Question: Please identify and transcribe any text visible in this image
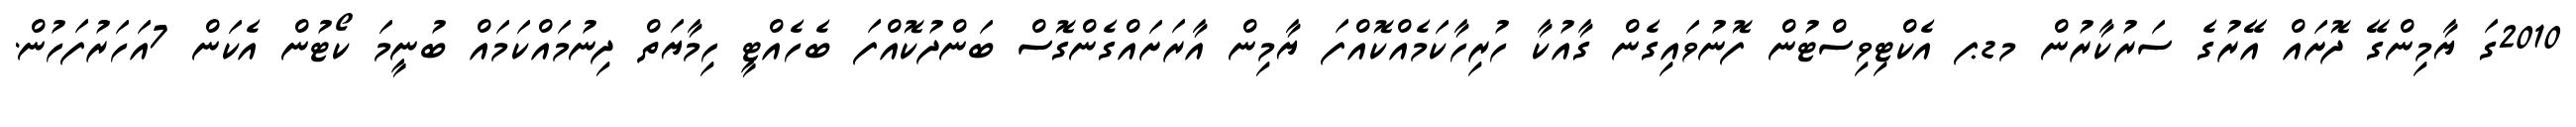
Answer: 2010ގަ ޔާމިންގޭ ދޮށައް އޭރުގެ ސަރުކާރުން މޑޕ އެކްޓިވިސްޓުން ފޮނުވައިގެން ގާއުކާ ހުރިހާކަމެއްކޮއްފަ ޔާމިން އާރަށައްގެންގޮސް ބަންދުކޮއްފަ ބެހެއްޓީ ހިމާޔަތް ދިނުމައްކަމައް ބުނީމަ ކޯޓުން އެކަން 7އަހަރުފަހުން.